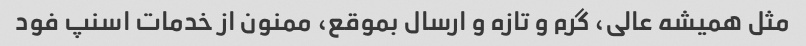
مثل همیشه عالی، گرم و تازه و ارسال بموقع، ممنون از خدمات اسنپ فود